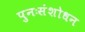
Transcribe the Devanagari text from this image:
पुनःसंशोधन